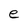
Character: e